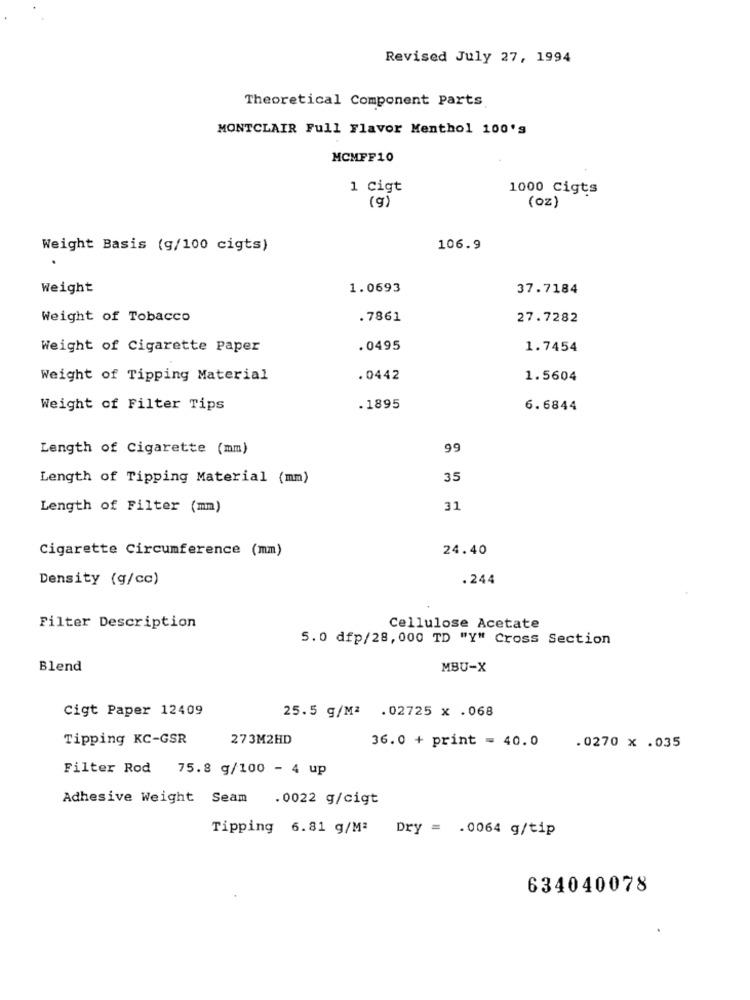
Revised July 27, 1994
Theoretical Component Parts
MONTCLAIR Full Flavor Menthol 100's
MCMFF10
1 Cigt
1000 Cigts
(g)
(oz)
Weight Basis (g/100 cigts)
106.9
Weight
1.0693
37.7184
Weight of Tobacco
.7861
27.7282
Weight of Cigarette Paper
. 0495
1.7454
Weight of Tipping Material
. 0442
1.5604
Weight of Filter Tips
. 1895
6.6844
Length of Cigarette (mm)
99
Length of Tipping Material (mm)
35
Length of Filter (mm)
31
Cigarette Circumference (mm)
24.40
Density (g/cc)
.244
Filter Description
Cellulose Acetate
5.0 dfp/28,000 TD "Y" Cross Section
Blend
MBU-X
Cigt Paper 12409
25.5 g/M2 .02725 x .068
Tipping KC-GSR
273M2HD
36.0 + print = 40.0
.0270 x .035
Filter Rod 75.8 g/100 - 4 up
Adhesive Weight Seam .0022 g/cigt
Tipping 6.81 g/Mª Dry = . 0064 g/tip
634040078